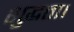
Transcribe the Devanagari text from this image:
शुद्धता।